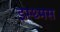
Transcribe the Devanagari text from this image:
इस्थ्मस